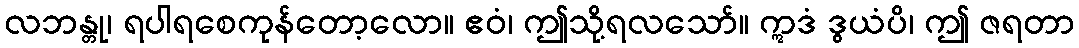
လဘန္တု၊ ရပါရစေကုန်တော့လော။ ဧဝံ၊ ဤသို့ရလသော်။ ဣဒံ ဒွယံပိ၊ ဤ ဇရတာ